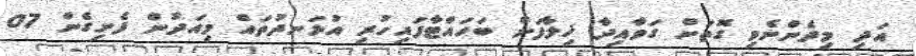
އަދި މިދެންނެވި ގޮތަށް ގަވާއިދާ ޚިލާފަށް ބަހައްޓާފައިހުރި އުޅަނދުތައް މިއަދުން ފެށިގެން 07